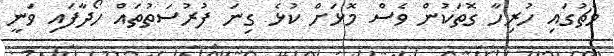
މެޗުގައި ހުރިހާ ގޮތަކުން ވެސް މޮޅަށް ކުޅެ ގިނަ ފުރުސަތުތައް ހޯދާފައި ވަނީ